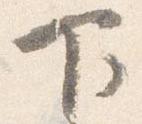
下